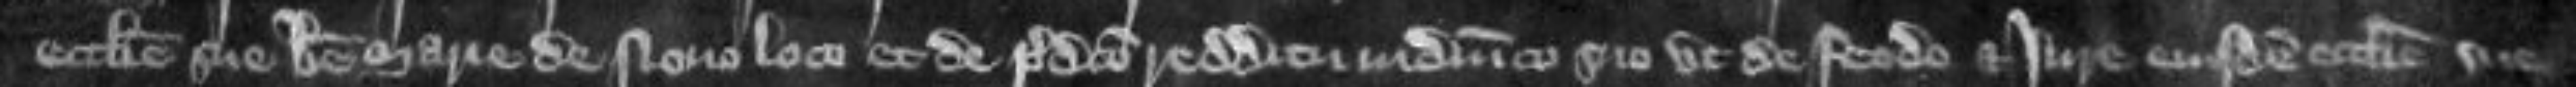
ecclesie sue Beate Marie de Novo Loco et de predicto redditu in dominico suo ut de feodo et jure eius dem ecclesie sue